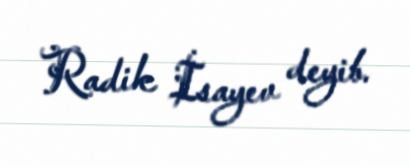
Radik İsayev deyib.